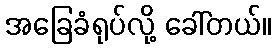
အခြေခံရုပ်လို့ ခေါ်တယ်။